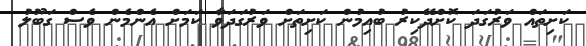
ކަށިތައް ވަރުގަދަ ކޮށްދޭކިރު ބުއިމުން ކަށިތަށް ވަރުގަދަވާ ކަމަށް އެންމެން ވެސް ގަބޫލު